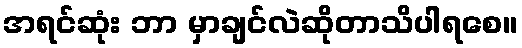
အရင်ဆုံး ဘာ မှာချင်လဲဆိုတာသိပါရစေ။